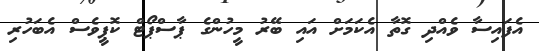
އެފައިސާ ވެއްދި ގޮތާ އެކަމަށް އައި ބޭރު މީހުންގެ ޕާސްޕޯޓް ކޮޕީވެސް އެބަހުރި